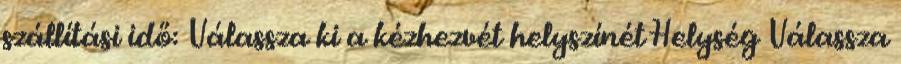
szállítási idő: Válassza ki a kézhezvét helyszínét Helység Válassza